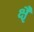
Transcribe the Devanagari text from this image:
क्षैृ